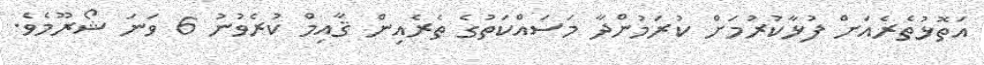
އަތޮޅުތެރެއަށް ފުޅާކުރުމަށް ކުރަމުންދާ މަސައްކަތުގެ ތެރެއިން ޤާއިމް ކުރެވުނު 6 ވަނަ ޝޯރޫމެވެ.